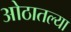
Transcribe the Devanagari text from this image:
ओठातल्या